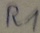
Text: R1